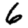
Digit: 6